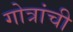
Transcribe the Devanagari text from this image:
गोत्रांची